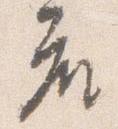
座